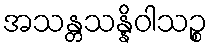
အသန္တသန္နိဝါသဉ္စ